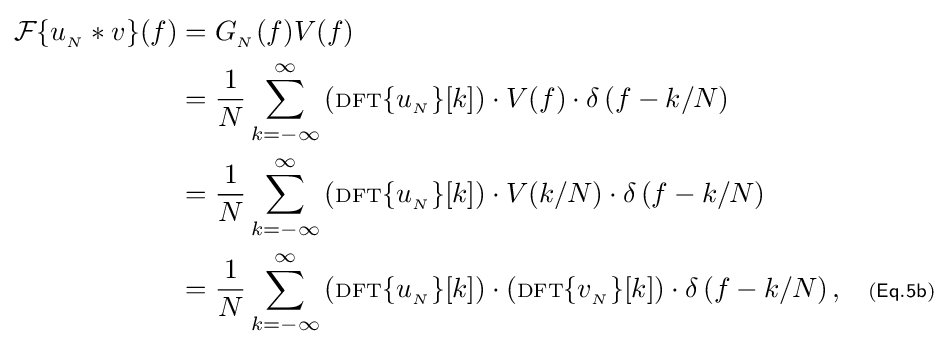
{\begin{aligned}{\mathcal {F}}\{u_{_{N}}*v\}(f)&=G_{_{N}}(f)V(f)\\&={\frac {1}{N}}\sum _{k=-\infty }^{\infty }\left(\scriptstyle {\rm {DFT}}\displaystyle \{u_{_{N}}\}[k]\right)\cdot V(f)\cdot \delta \left(f-k/N\right)\\&={\frac {1}{N}}\sum _{k=-\infty }^{\infty }\left(\scriptstyle {\rm {DFT}}\displaystyle \{u_{_{N}}\}[k]\right)\cdot V(k/N)\cdot \delta \left(f-k/N\right)\\&={\frac {1}{N}}\sum _{k=-\infty }^{\infty }\left(\scriptstyle {\rm {DFT}}\displaystyle \{u_{_{N}}\}[k]\right)\cdot \left(\scriptstyle {\rm {DFT}}\displaystyle \{v_{_{N}}\}[k]\right)\cdot \delta \left(f-k/N\right),\quad \scriptstyle {\mathsf {(Eq.5b)}}\end{aligned}}